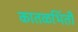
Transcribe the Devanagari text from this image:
कातळभिंती